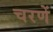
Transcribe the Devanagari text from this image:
चरणें